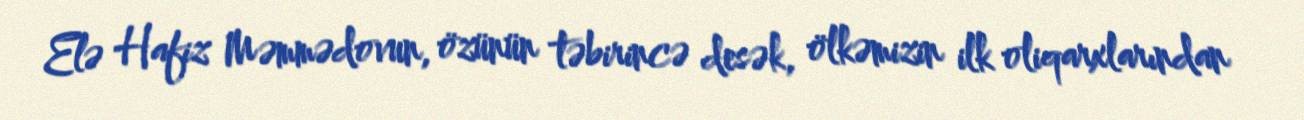
Elə Hafiz Məmmədovun, özünün təbirincə desək, ölkəmizin ilk oliqarxlarından